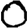
Digit: 0